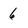
Character: 6